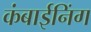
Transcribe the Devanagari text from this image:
कंबाईनिंग